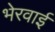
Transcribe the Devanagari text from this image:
भेरवाई